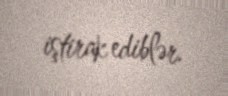
iştirak ediblər.